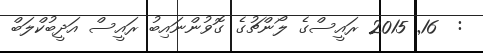
:  16